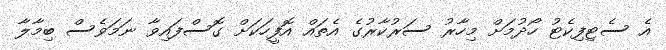
އެ ސެޓިފިކެޓު ހޯދުމަށް މިހާރު ސަރުކާރުގެ އެތައް އޮފީހަކަށް ގޮސްފައިވާ ނަމަވެސް ބިމާލާ